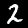
Label: 2